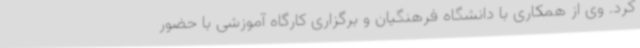
کرد. وی از همکاری با دانشگاه فرهنگیان و برگزاری کارگاه آموزشی با حضور